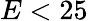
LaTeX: E<25